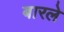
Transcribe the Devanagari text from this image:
बारले